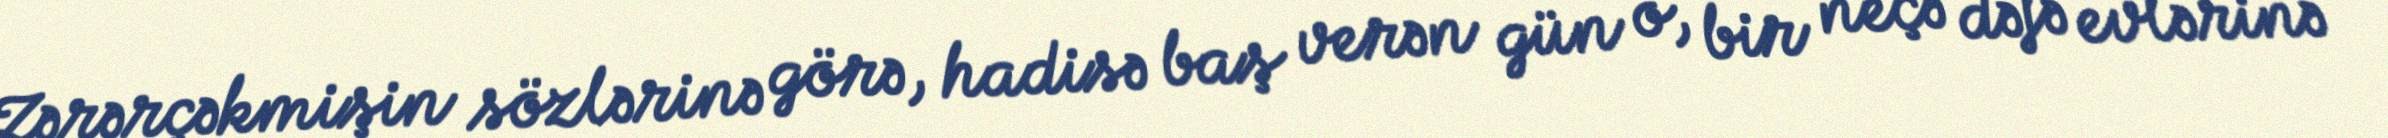
Zərərçəkmişin sözlərinə görə, hadisə baş verən gün o, bir neçə dəfə evlərinə